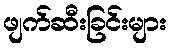
ဖျက်ဆီးခြင်းများ